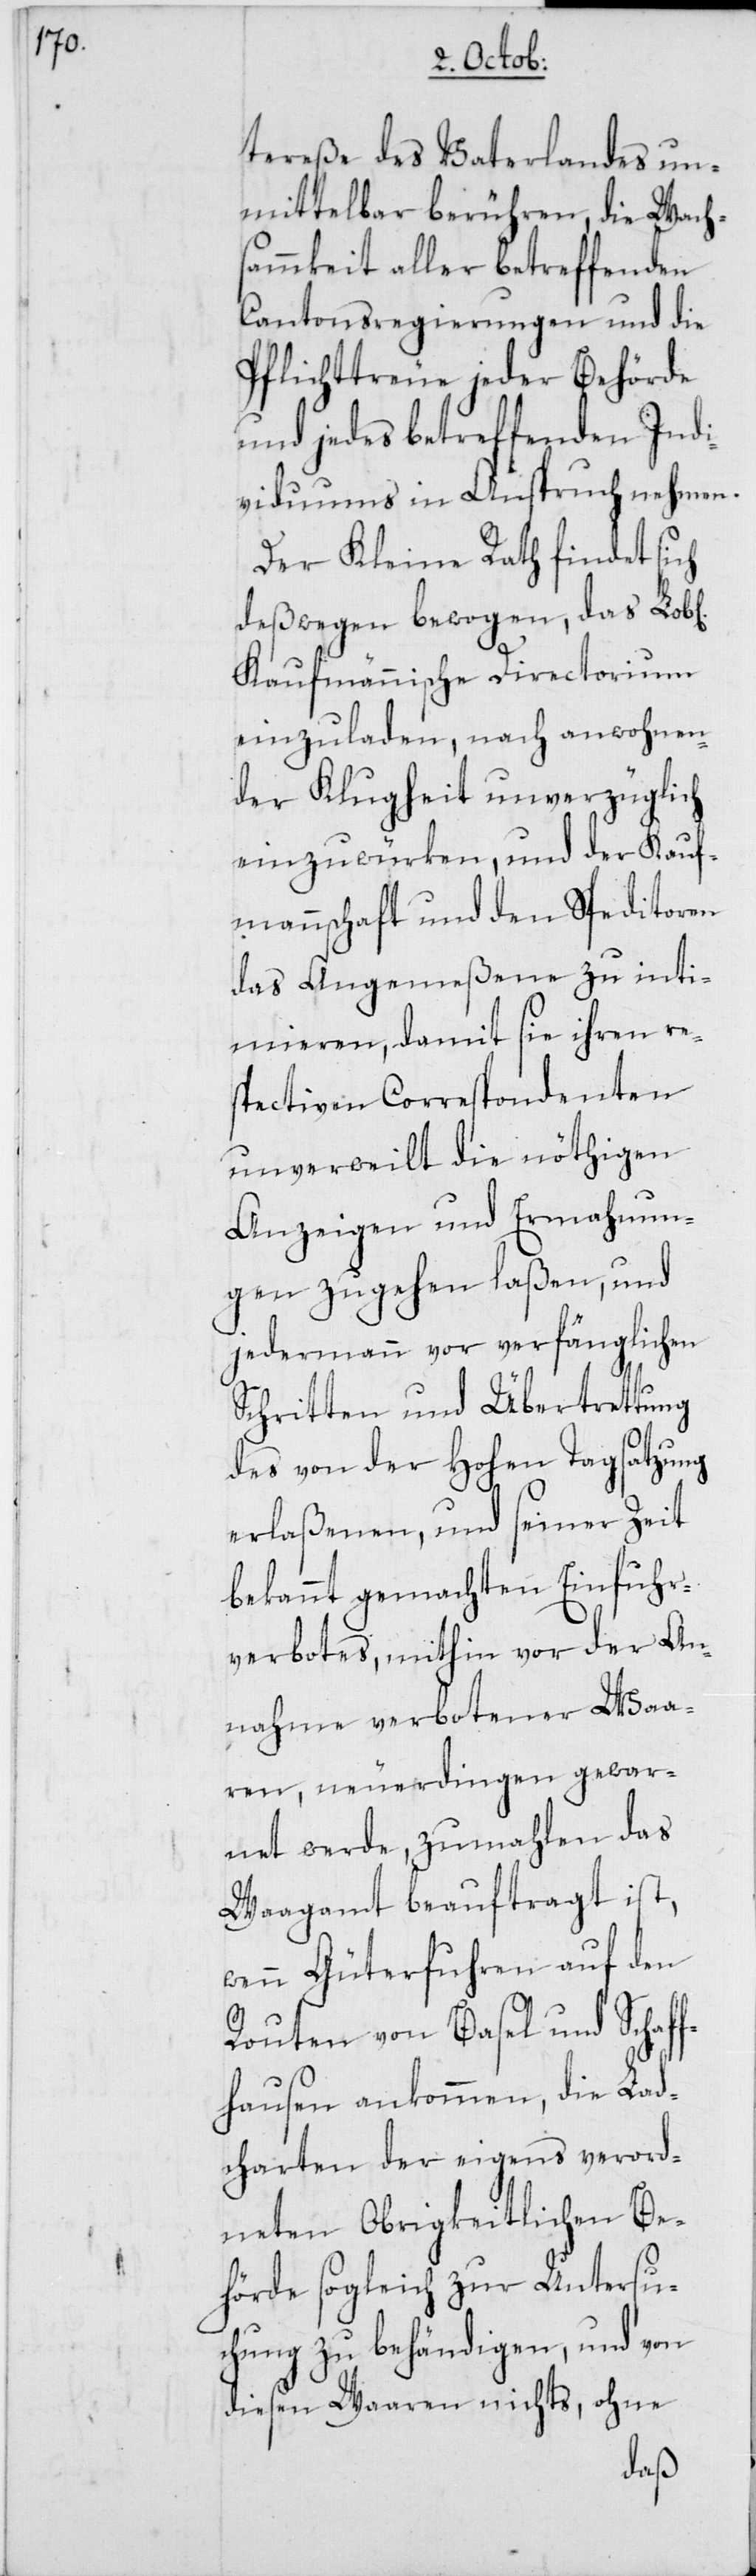
tereße des Vaterlandes un¬
mittelbar berühren, die Wachs¬
ammkeit aller betreffenden
Cantonsregierungen und die
Pflichttreue jeder Behörde
und jedes betreffenden Indi¬
viduums in Anspruch nehmen.
Der Kleine Rath findet sich
deßwegen bewogen, das Lob[l¬
Kaufmännische Directorium
einzuladen, nach anwohnen¬
der Klugheit unverzüglich
einzuwürken, und der Kauf¬
mannschaft und den Speditoren
das Angemeßene zu inti¬
mieren, damit sie ihren re¬
spectiven Correspondenten
unverweilt die nöthigen
Anzeigen und Ermahnun¬
gen zugehen laßen, und
jedermann vor verfänglichen
Schritten und Übertrettung
des von der Hohen Tagsatzung
erlaßenen, und seiner Zeit
bekannt gemachten Einfuhr¬
verbotes, mithin vor der An¬
nahme verbotener Waa¬
ren, neuerdingen gewar¬
net werde, zumahlen das
Waagamt beauftragt ist,
wenn Güterfuhren auf den
Routen von Basel und Schaff¬
hausen ankommen, die Lad¬
charten der eigens verord¬
neten Obrigkeitlichen Be¬
hörde sogleich zur Untersu¬
chung zu behändigen, und von
diesen Waaren nichts, ohne
iche]